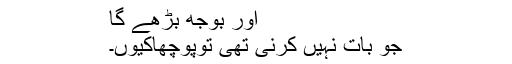
اور بوجھ بڑھے گا
جو بات نہیں کرنی تھی توپوچھاکیوں۔